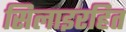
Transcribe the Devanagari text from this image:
सिलाइरहित